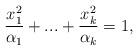
LaTeX: \begin{align*}\frac{x_1^2}{\alpha_1}+...+\frac{x_k^2}{\alpha_k}=1,\end{align*}